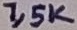
Text: 1,5K